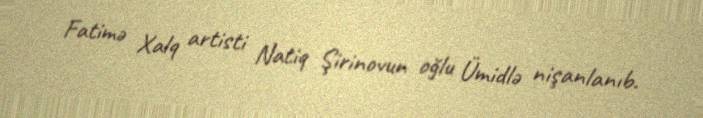
Fatimə Xalq artisti Natiq Şirinovun oğlu Ümidlə nişanlanıb.